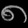
Digit: ၈